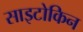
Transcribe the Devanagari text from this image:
साइटोकिन